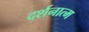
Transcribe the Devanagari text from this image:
दर्शनात्म